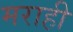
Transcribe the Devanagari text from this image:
मराही